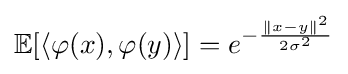
\mathbb {E} [\langle \varphi (x),\varphi (y)\rangle ]=e^{-{\frac {\|x-y\|^{2}}{2\sigma ^{2}}}}